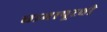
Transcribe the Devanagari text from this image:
धामापूरची